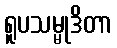
ရူပသမ္မုဒိတာ